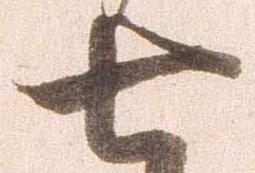
七